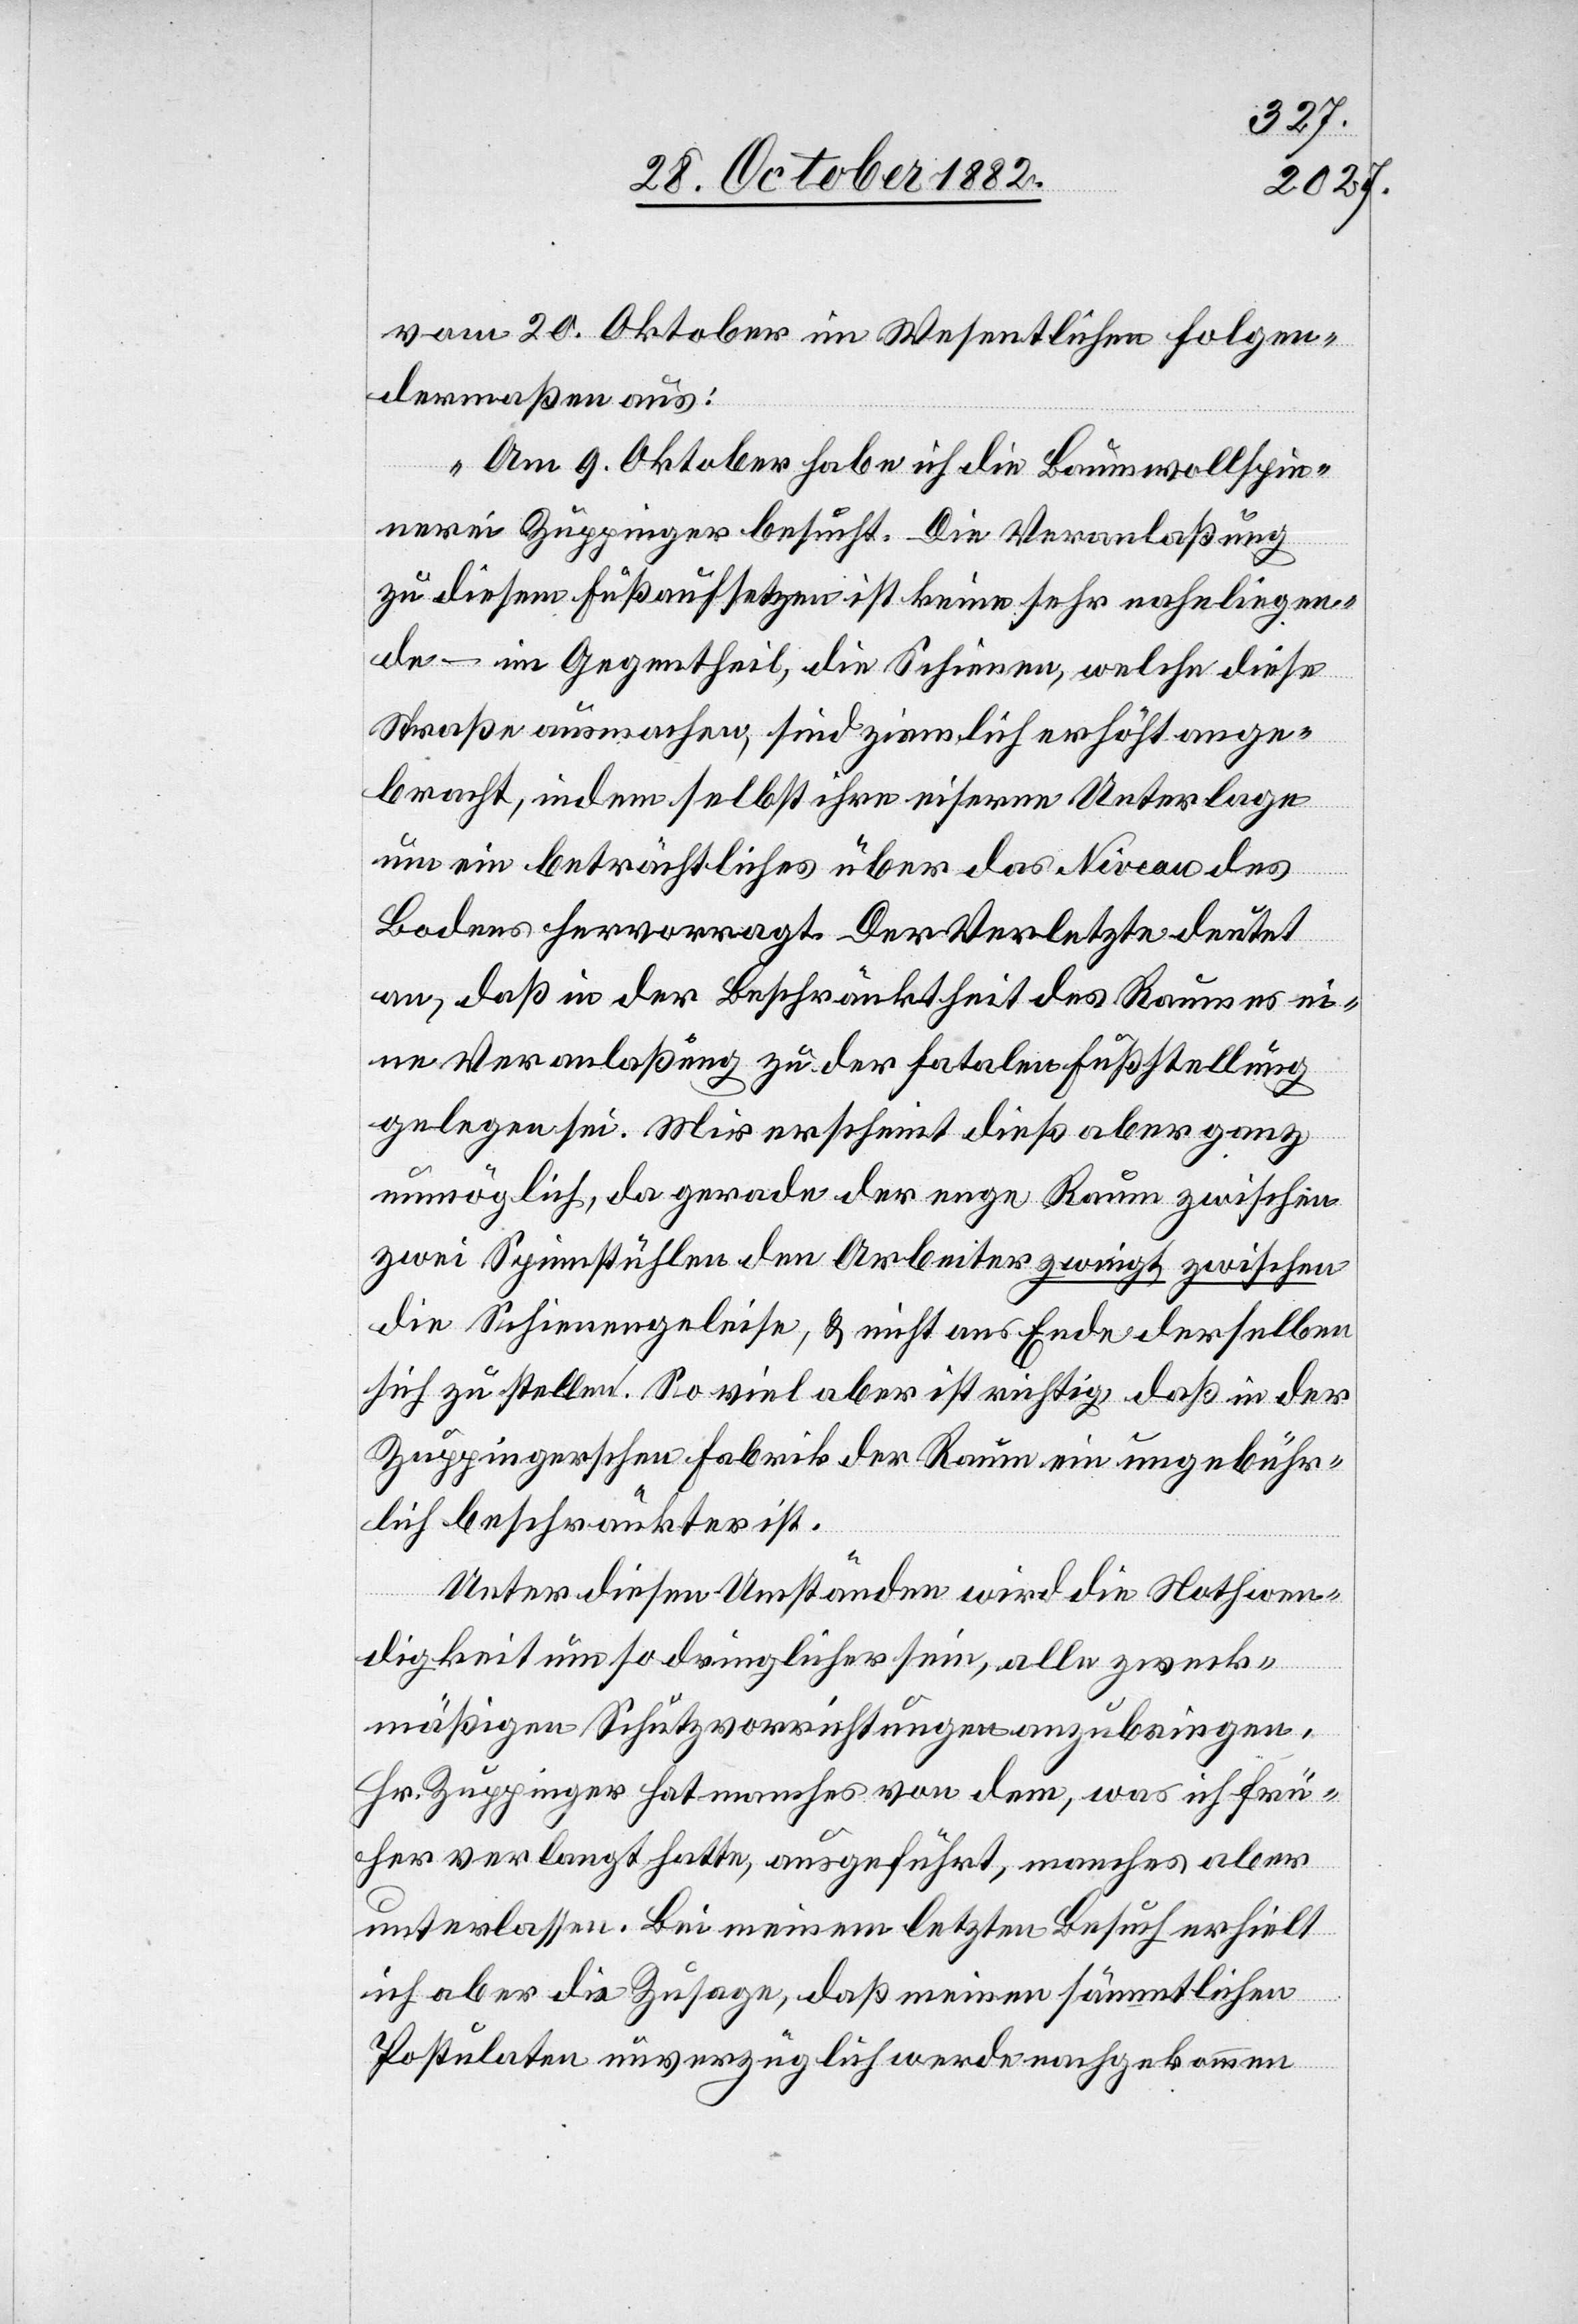
vom 20. Oktober im Wesentlichen Folgen¬
dermaßen aus:
„Am 9. Oktober habe ich die Baumwollspin¬
nerei Zuppinger besucht. Die Veranlaßung
zu diesem Fußaufsetzen ist keine sehr nahliegen¬
de – im Gegentheil, die Schienen, welche diese
Straße ausmachen, sind ziemlich erhöht ange¬
bracht, indem selbst ihre eiserne Unterlage
um ein beträchtliches über das Niveau des
Bodens hervorragt. Der Verletzte deutet
an, daß in der Beschränktheit des Raumes ei¬
ne Veranlaßung zu der fatalen Fußstellung
gelegen sei. Mir erscheint dieß aber ganz
unmöglich, da gerade der enge Raum zwischen
zwei Spinnstühlen den Arbeiter zwingt zwischen
die Schienengeleise, & nicht ans Ende derselben
sich zu stellen. So viel aber ist richtig, daß in der
Zuppingerschen Fabrik der Raum ein ungebühr¬
lich beschränkter ist.
Unter diesen Umständen wird die Nothwen¬
digkeit um so dringlicher sein, alle zweck¬
mäßigen Schutzvorrichtungen anzubringen.
Hr. Zuppinger hat manches von dem, was ich frü¬
her verlangt hatte, ausgeführt, manches aber
unterlassen. Bei meinem letzten Besuch erhielt
ich aber die Zusage, daß meinen sämmtlichen
Postulaten unverzüglich werde nachgekommen